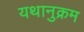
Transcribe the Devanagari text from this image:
यथानुक्रम